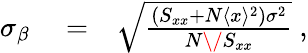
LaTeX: \begin{array}{rlr}{\sigma_{\beta}}&{{}=}&{\sqrt{{\frac{(S_{xx}+N\langle{x}\rangle^{2})\sigma^{2}}{N\/ S_{xx}}}}\ ,}\end{array}